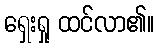
ရှေးရှု ထင်လာ၏။